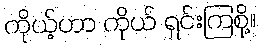
ကိုယ့်ဟာ ကိုယ် ရှင်းကြစို့။